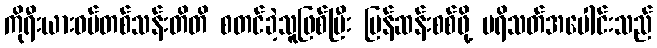
ကိုရီးယားဝမ်တစ်သန်းတိတိ စတင်ခဲ့သူဖြစ်ပြီး ပြန်ဆန်းစစ်ဖို့ ပရိသတ်အပေါင်းသည်